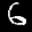
Label: 6